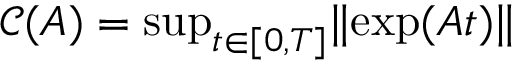
\mathcal { C } ( A ) = \mathrm { s u p } _ { t \in [ 0 , T ] } \| \mathrm { e x p } ( A t ) \|